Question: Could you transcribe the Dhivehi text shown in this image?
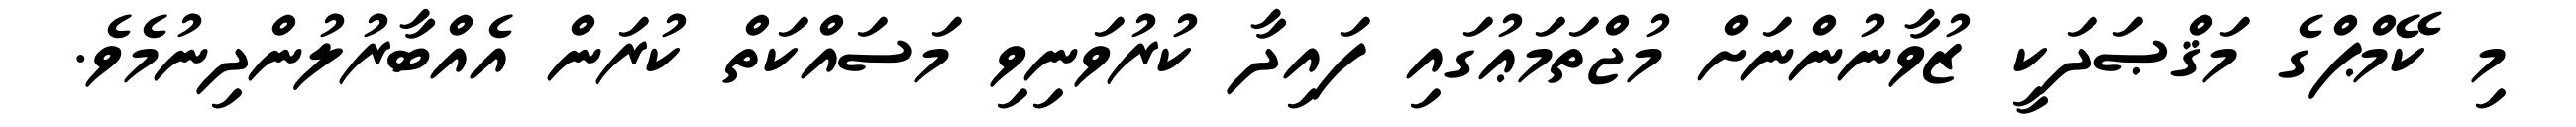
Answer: މި ކޭމްޕްގެ މަޤްޞަދަކީ ޒުވާނުންނަށް މުޖްތަމަޢުގައި ފައިދާ ކުރުވަނިވި މަސައްކަތް ކުރަން އެއްބާރުލުންދިނުމެވެ.